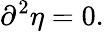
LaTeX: \partial^{2}\eta=0.